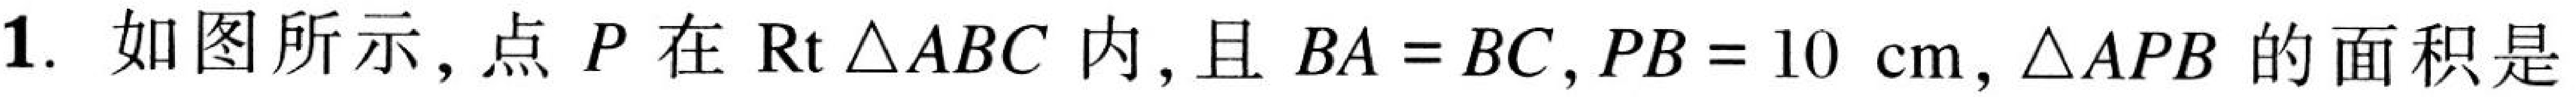
1. 如图所示，点 \(P\) 在 \(\text{Rt}\triangle ABC\) 内，且 \(BA = BC\)，\(PB = 10\ \text{cm}\)，\(\triangle APB\) 的面积是